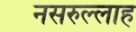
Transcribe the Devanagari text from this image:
नसरुल्लाह